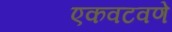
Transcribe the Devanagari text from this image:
एकवटवणे